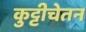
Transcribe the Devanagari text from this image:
कुट्टीचेतन